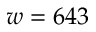
w = 6 4 3